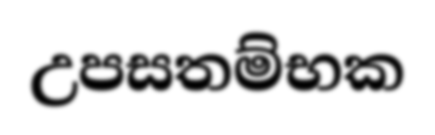
උපසතම්භක